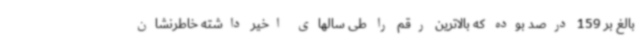
بالغ بر 159 درصد بوده که بالاترین رقم را طی سالهای اخیر داشته خاطرنشان